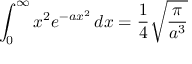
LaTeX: \int _ { 0 } ^ { \infty } { x ^ { 2 } e ^ { - a x ^ { 2 } } \, d x } = { \frac { 1 } { 4 } } { \sqrt { \frac { \pi } { a ^ { 3 } } } }